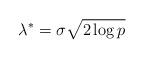
LaTeX: \begin{align*} \lambda^* = \sigma\sqrt{2\log p} \end{align*}